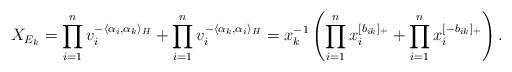
LaTeX: \begin{align*}X_{E_k} = \prod_{i=1}^n v_i^{-\langle \alpha_i, \alpha_k \rangle_H} + \prod_{i=1}^n v_i^{-\langle \alpha_k, \alpha_i\rangle_H} = x_k^{-1}\left( \prod_{i=1}^n x_i^{[b_{ik}]_+} + \prod_{i=1}^n x_i^{[-b_{ik}]_+}\right).\end{align*}